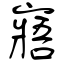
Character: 寤